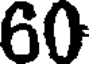
60